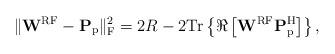
LaTeX: \begin{align*}\|\mathbf{W}^{\mathrm{RF}} - \mathbf{P}_\mathrm{p}\|_\mathrm{F}^2 = 2R - 2\mathrm{Tr}\left\lbrace \Re\left[ \mathbf{W}^{\mathrm{RF}} \mathbf{P}_\mathrm{p}^\mathrm{H} \right] \right\rbrace,\end{align*}